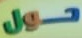
حول